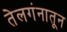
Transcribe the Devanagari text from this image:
तेलगंनातून